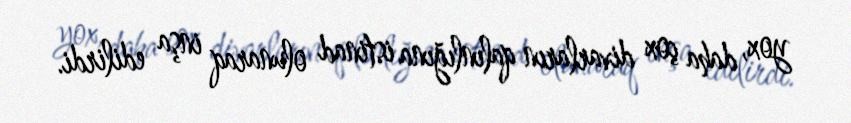
yox, daha çox divarların qalınlığına istinad olunaraq inşa edilirdi.